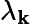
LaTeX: \lambda_{\mathbf{k}}